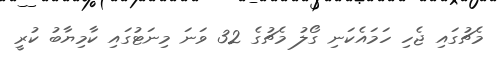
މެޗުގައި ޖެހި ހަމައެކަނި ގޯލު މެޗުގެ 32 ވަނަ މިނަޓުގައި ކާމިޔާބު ކުރީ